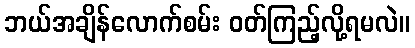
ဘယ်အချိန်လောက်စမ်း ဝတ်ကြည့်လို့ရမလဲ။